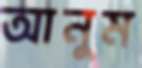
আনুম